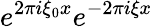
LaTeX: e^{2\pi i\xi_{0}x}e^{-2\pi i\xi x}